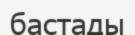
бастады